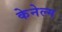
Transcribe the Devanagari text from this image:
केनेल्म